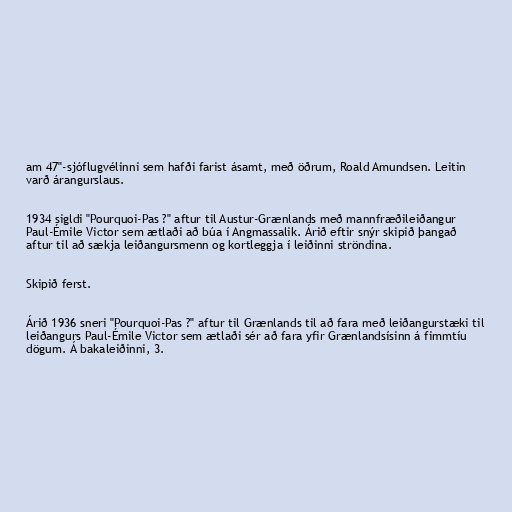
am 47"-sjóflugvélinni sem hafði farist ásamt, með öðrum, Roald Amundsen. Leitin
varð árangurslaus.

1934 sigldi "Pourquoi-Pas ?" aftur til Austur-Grænlands með mannfræðileiðangur
Paul-Émile Victor sem ætlaði að búa í Angmassalik. Árið eftir snýr skipið þangað
aftur til að sækja leiðangursmenn og kortleggja í leiðinni ströndina.

Skipið ferst.

Árið 1936 sneri "Pourquoi-Pas ?" aftur til Grænlands til að fara með leiðangurstæki til
leiðangurs Paul-Émile Victor sem ætlaði sér að fara yfir Grænlandsísinn á fimmtíu
dögum. Á bakaleiðinni, 3.